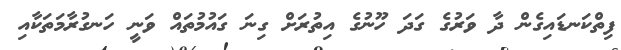
ފިތްކަނޑައިގެން ދާ ވަރުގެ ގަދަ ހޫނުގެ އިތުރަށް ގިނަ ގައުމުތައް ވަނީ ހަނގުރާމަތަކާއި